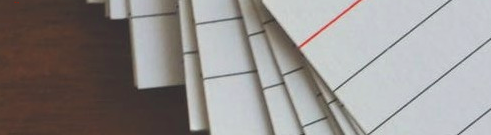
super mart